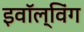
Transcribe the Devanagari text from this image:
इवॉल्विंग